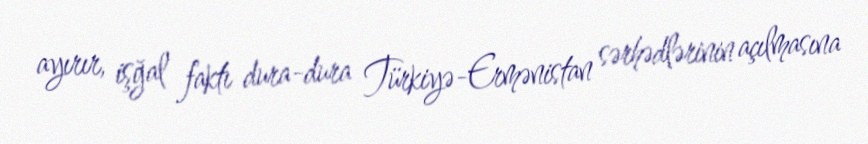
ayırır, işğal faktı dura-dura Türkiyə-Ermənistan sərhədlərinin açılmasına